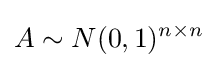
A\sim N(0,1)^{n\times n}